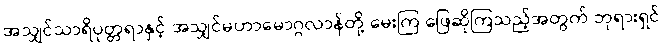
အသျှင်သာရိပုတ္တရာနှင့် အသျှင်မဟာမောဂ္ဂလာန်တို့ မေးကြ ဖြေဆိုကြသည့်အတွက် ဘုရားရှင်